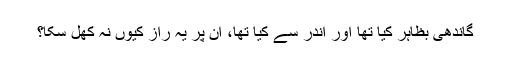
گاندھی بظاہر کیا تھا اور اندر سے کیا تھا، ان پر یہ راز کیوں نہ کھل سکا؟